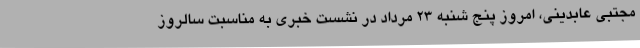
مجتبی عابدینی، امروز پنج شنبه 23 مرداد در نشست خبری به مناسبت سالروز